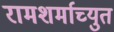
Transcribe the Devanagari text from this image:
रामशर्माच्युत